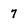
Character: 7